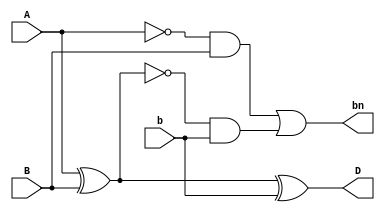
`timescale 1ns / 1ps
//////////////////////////////////////////////////////////////////////////////////
// Company: 
// Engineer: 
// 
// Design Name: 
// Module Name: full_subtractor
// Project Name: 
// Target Devices: 
// Tool Versions: 
// Description: 
// 
// Dependencies: 
// 
// Revision:
// Revision 0.01 - File Created
// Additional Comments:
// 
//////////////////////////////////////////////////////////////////////////////////


module full_subtractor(
    input A, B, b,
    output D, bn
    );
    assign D =  (A^B)^b;
    assign bn = ((~A)&B)|((~(A^B))&b);
endmodule